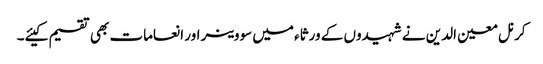
کرنل معین الدین نے شہیدوں کے ورثاء میں سووینر اور انعامات بھی تقسیم کیئے۔